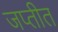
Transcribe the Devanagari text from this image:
जप्तीत